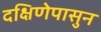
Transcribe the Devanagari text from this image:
दक्षिणेपासुन